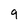
Character: 9